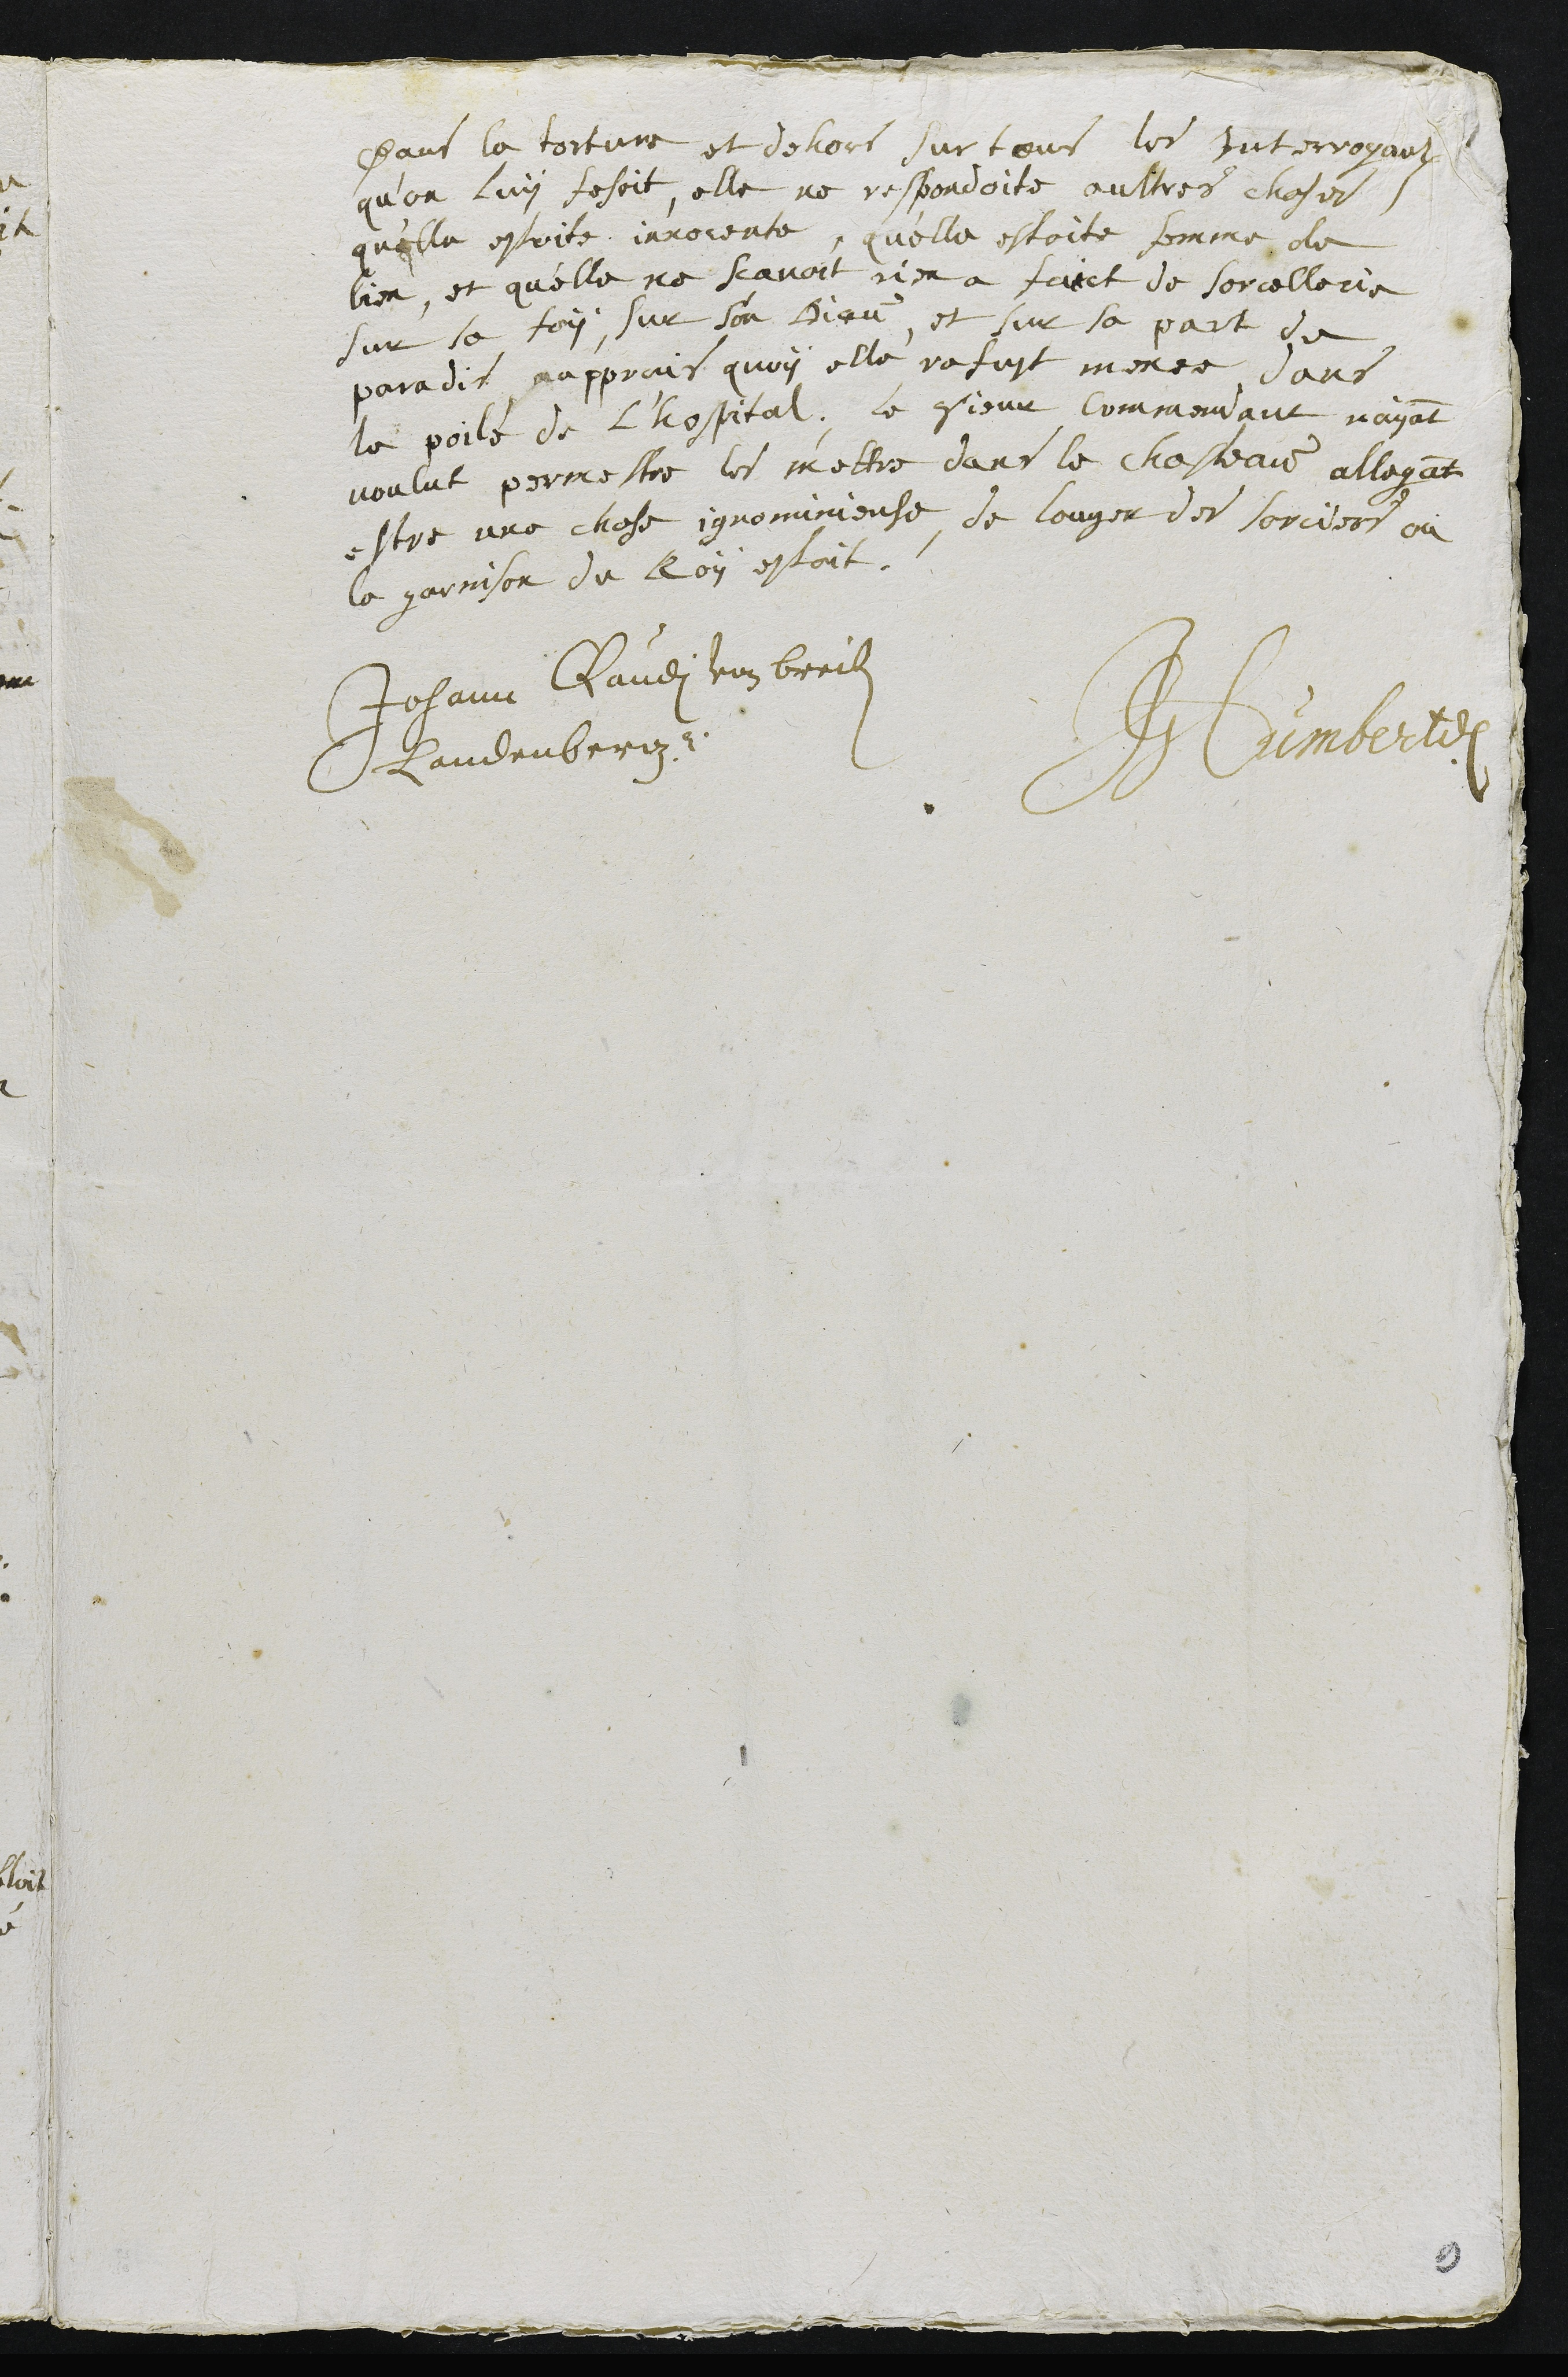
Dans la torture et dehors sur tous les Interrogaulx
qu’on luy fesoit, elle ne respondoite aultres choses
qu’elle estoite innocente, qu'elle estoite femme de
bien, et qu'elle ne scavoit rien a faict de sorcellerie
sur la foy, sur son Dieu, et sur sa part de
paradis aupprais quoy elle refust menee dans
le poile de l'hospital. le sieur Commendant nayant
voulut permestre les mettre dans le chasteau, allegant
estre une chose ignominieuse de louger des sorciers ou
le garnison du Roy estoit.
Johann Claudi von breiten
Landenberg
JGHumbert
9